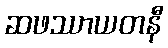
ဆဖဿာယတနီ